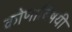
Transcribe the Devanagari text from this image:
कोणाविषयी